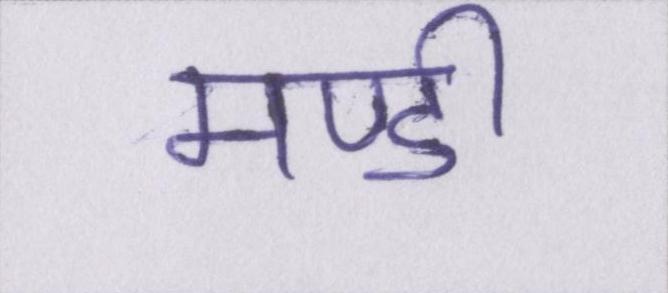
मण्डी